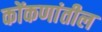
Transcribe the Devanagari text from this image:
कोंकणांतील